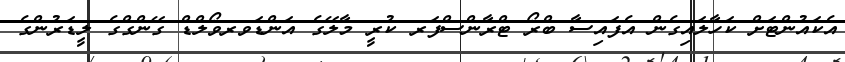
އެކައުންޓަށް ކަހާލައިގެން އެފައިސާ ބްރޯ ޓްރާންސްފަރ ކުރީ މާލޭގެ އަންޑަވރވޯލްޑް ގޭންގްގެ ލީޑަރުންގެ